Indian journal of veterinary science and animal husbandry - Volume 7,
Year: 1937
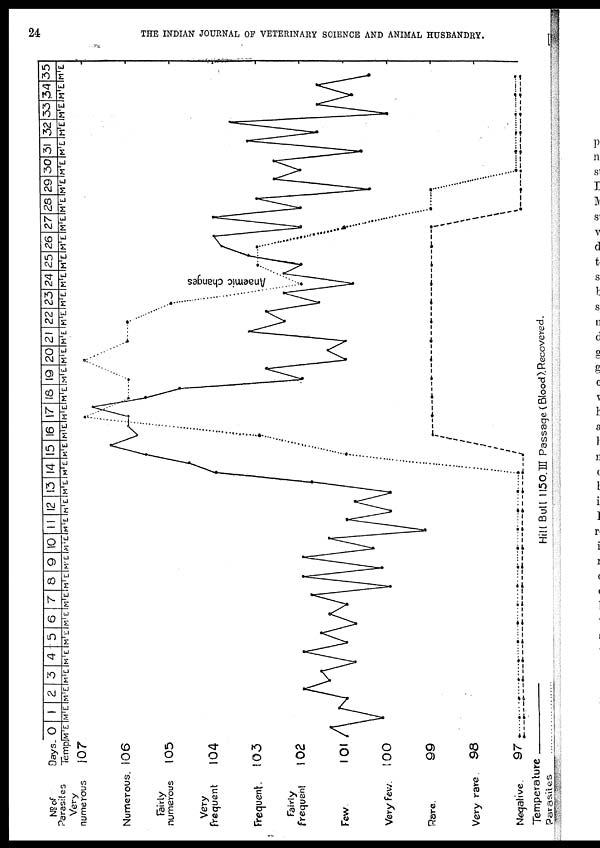
24
THE INDIAN JOURNAL OF VETERINARY SCIENCE AND ANIMAL HUSBANDRY.